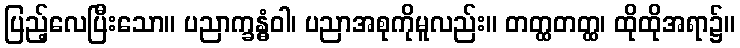
ပြည့်လေပြီးသော။ ပညာက္ခန္ဓံဝါ၊ ပညာအစုကိုမူလည်း။ တတ္ထတတ္ထ၊ ထိုထိုအရာ၌။